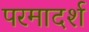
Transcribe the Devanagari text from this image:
परमादर्श